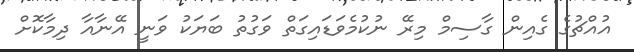
އުއްޗުގެ ގެއިން ގާސިމް މިރޭ ނުކުމެވަޑައިގަތް ވަގުތު ބަޔަކު ވަނީ އޭނާއާ ދިމާކޮށް